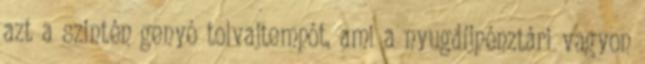
azt a szintén genyó tolvajtempót, ami a nyugdíjpénztári vagyon